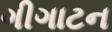
ગીગાટન